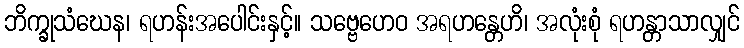
ဘိက္ခုသံဃေန၊ ရဟန်းအပေါင်းနှင့်။ သဗ္ဗေဟေဝ အရဟန္တေဟိ၊ အလုံးစုံ ရဟန္တာသာလျှင်